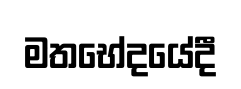
මතභේදයේදී